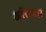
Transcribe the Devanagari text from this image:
ऑसनस